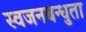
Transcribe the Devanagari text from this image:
स्वजनबन्धुता